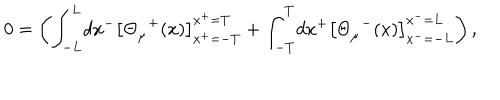
0 = \left( { \int } _ { - L } ^ { L } d x ^ { - } \left[ { \Theta } _ { \mu } ^ { \; \; + } ( x ) \right] _ { x ^ { + } = - T } ^ { x ^ { + } = T } + { \int } _ { - T } ^ { T } d x ^ { + } \left[ { \Theta } _ { \mu } ^ { \; \; - } ( x ) \right] _ { x ^ { - } = - L } ^ { x ^ { - } = L } \right) ,